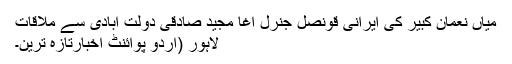
میاں نعمان کبیر کی ایرانی قونصل جنرل آغا مجید صادقی دولت آبادی سے ملاقات
لاہور (اُردو پوائنٹ اخبارتازہ ترین۔